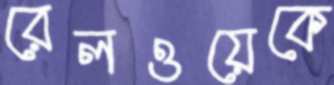
রেলওয়েকে